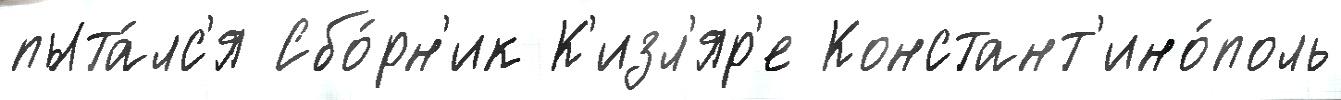
пыта́лс'я Сбо́рн'ик К'изл'яр'е Констант'ино́поль